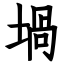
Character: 堝